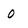
Character: 0